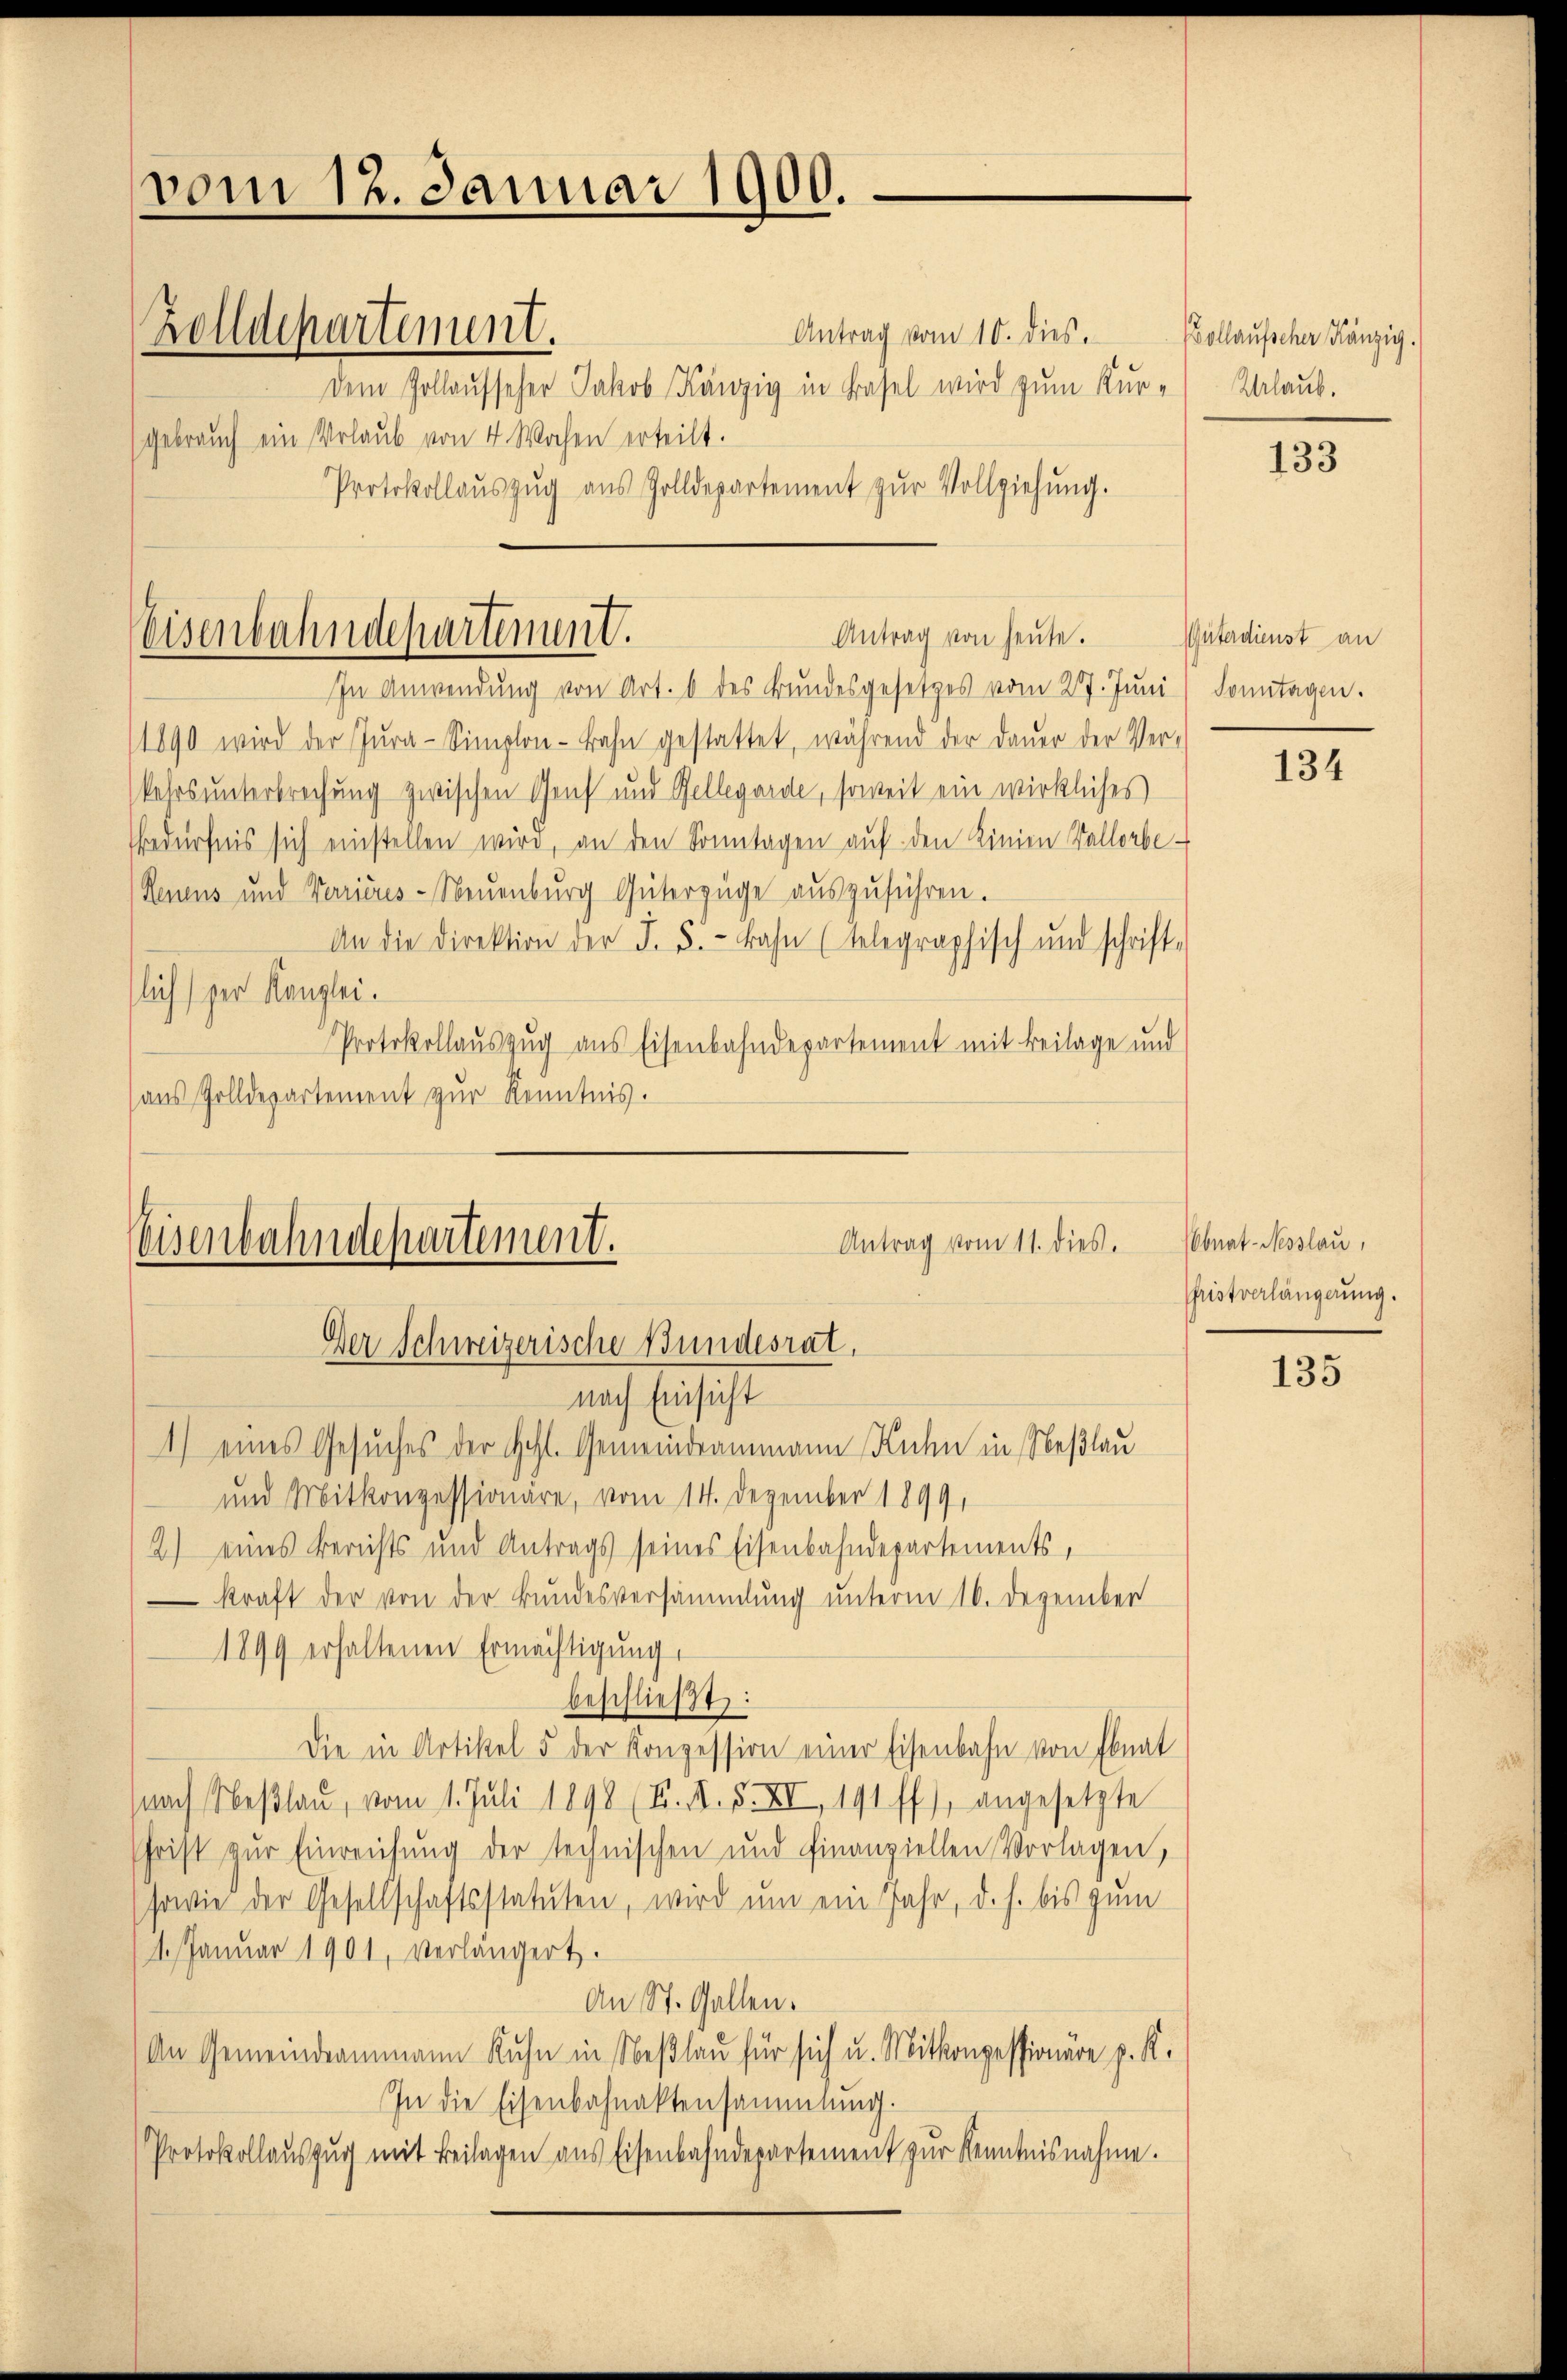
vom 12. Januar 1900.

Zolldepartement.
Gebrauch ein Verlaub von 4 Wochen erteilt.

Antrag vom 10. dies.
dem Zollaufseher Jakob Känzig in Basel wird zum Kur-
Protokollauszug aus Zolldepartement zur Vollziehung.
In Anwendung von Art. 6 des Bundesgesetzes vom 27. Juni, Sonntagen.
1890 wird der Jŭra-Simplon-Bahn gestattet, während der Dauer der Ver-
kehrs unterbrechung zwischen Genf und Gellegarde, soweit ein wirkliches
bedürfnis sich einstellen wird, an den Sonntagen auf den Linien Vallorbe-
Renens und Varicus-Neuenburg Güterzüge auszuführen.
An die Direktion der J. 5.- Bahn (telegraphisch und schrift-
flich per Kanzlei.
Protokollauszug aus Eisenbahndepartement mit Beilage und
(aus Zolldepartement zur Kenntnis.

Antrag von heute.
Weisenbahndepartement.

Antrag vom 11. dies.
Eisenbahndepartement.
Der Schweizerische Bundesrat.
nach Einsicht

1) eines Gesuches der Hohl. Gemeindrammann Kuhn in Neßlau
und Mitkonzessionare, vom 14. Dezember 1899,
2) eines Berichts und Antrags seines Eisenbahndepartements,
kraft der von der Bundesversammlung unterm 16. Dezember
1899 erhaltenen Ermächtigung
beschließt:
Die in Artikel 5 der Konzession einer Eisenbahn von Ebnat
nach Neßlau, vom 1. Juli 1898 (F. P. F. XII, 191 ff.), angesetzte
schrift zur Einreichung der technischen und finanziellen Vorlagen,
(sowie der Gesellschaftsstatuten, wird um ein Jahr, d. h. bis zum
1. Januar 1901, verlängert.
An St. Gallen.
An Gemeindeammann Kuhn in Neßlau für sich u. Mitkonzessionare p. K.
In die Eisenbahnaktensammlung.
Protokollaŭszŭg mit Beilagen aus Eisenbahndepartement zur Kenntnisnahme.

Pollaufscher Känzig
Urlaub.

133

(Güterdienst an

134

Ebnat-Nesslau,
Cristverlängerung.

135